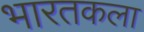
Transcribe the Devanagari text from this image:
भारतकला